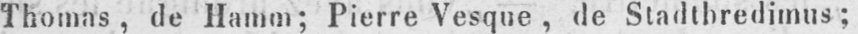
Thomas, de Hamm; Pierre Vesque, de Stadtbredimus;